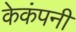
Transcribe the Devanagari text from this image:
केकंपनी